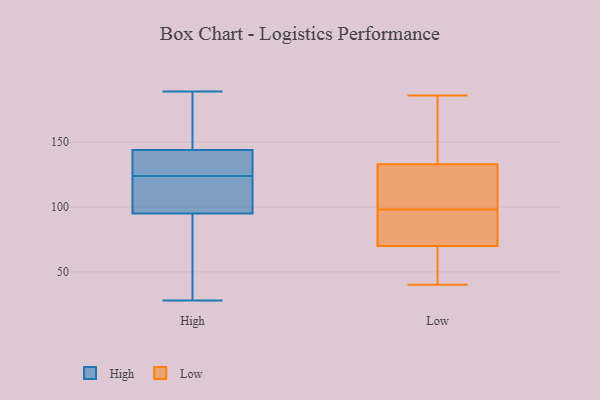
{"axis": {"x": "Satisfaction Score", "y": "Value"}, "legend": ["High", "Low"], "data": [{"x": "", "y": 28, "type": "High"}, {"x": "", "y": 95, "type": "High"}, {"x": "", "y": 127, "type": "High"}, {"x": "", "y": 152, "type": "High"}, {"x": "", "y": 180, "type": "High"}, {"x": "", "y": 189, "type": "High"}, {"x": "", "y": 34, "type": "High"}, {"x": "", "y": 138, "type": "High"}, {"x": "", "y": 124, "type": "High"}, {"x": "", "y": 124, "type": "High"}, {"x": "", "y": 144, "type": "High"}, {"x": "", "y": 123, "type": "High"}, {"x": "", "y": 110, "type": "High"}, {"x": "", "y": 36, "type": "High"}, {"x": "", "y": 44, "type": "Low"}, {"x": "", "y": 78, "type": "Low"}, {"x": "", "y": 85, "type": "Low"}, {"x": "", "y": 40, "type": "Low"}, {"x": "", "y": 132, "type": "Low"}, {"x": "", "y": 49, "type": "Low"}, {"x": "", "y": 70, "type": "Low"}, {"x": "", "y": 180, "type": "Low"}, {"x": "", "y": 131, "type": "Low"}, {"x": "", "y": 149, "type": "Low"}, {"x": "", "y": 109, "type": "Low"}, {"x": "", "y": 186, "type": "Low"}, {"x": "", "y": 174, "type": "Low"}, {"x": "", "y": 119, "type": "Low"}, {"x": "", "y": 44, "type": "Low"}, {"x": "", "y": 76, "type": "Low"}, {"x": "", "y": 133, "type": "Low"}, {"x": "", "y": 87, "type": "Low"}]}